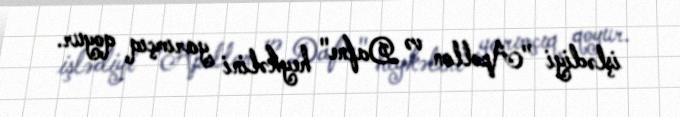
işlədiyi "Apollon və Dafne" heykəlini yarımçıq qoyur.